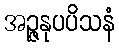
အဉ္ဇနုပပိသနံ